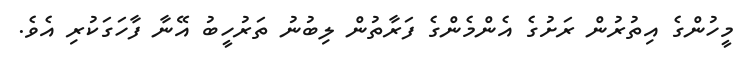
މީހުންގެ އިތުރުން ރަށުގެ އެންމެންގެ ފަރާތުން ލިބުނު ތަރުހީބު އޭނާ ފާހަގަކުރި އެވެ.